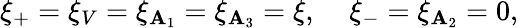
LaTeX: \xi_{+}=\xi_{V}=\xi_{\mathbf{A}_{1}}=\xi_{\mathbf{A}_{3}}=\xi,\; \; \; \; \xi_{-}=\xi_{\mathbf{A}_{2}}=0,